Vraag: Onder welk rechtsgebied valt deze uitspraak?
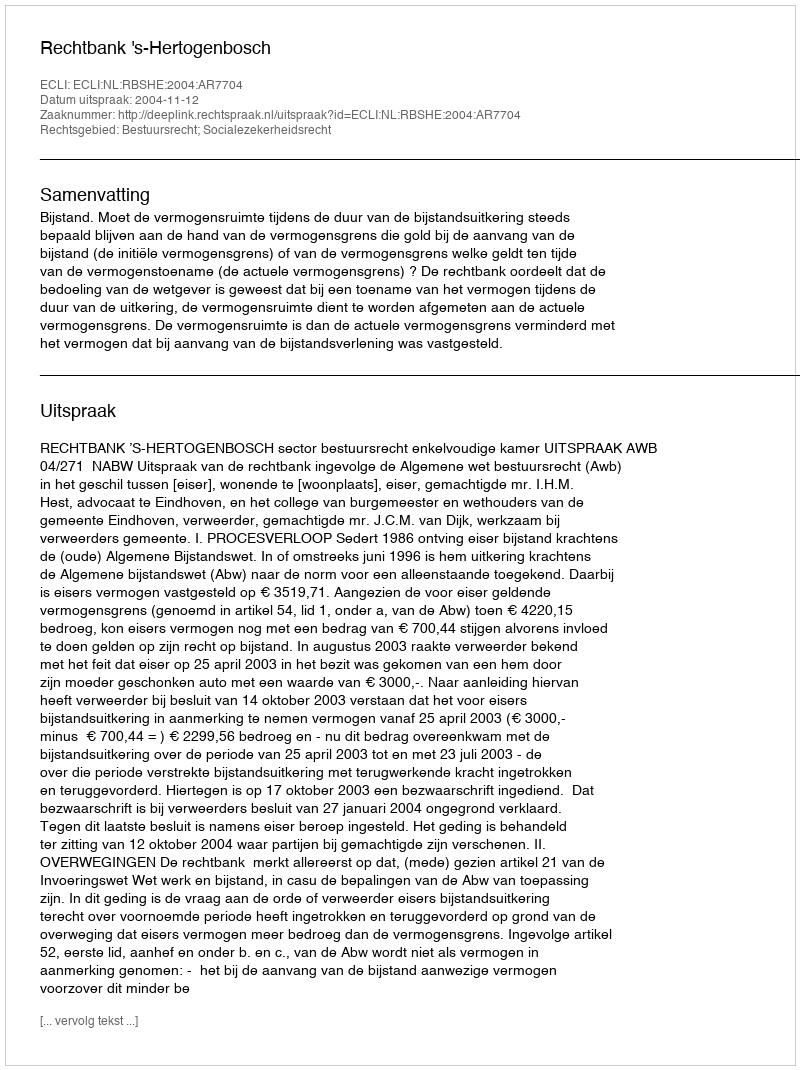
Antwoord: Bestuursrecht; Socialezekerheidsrecht